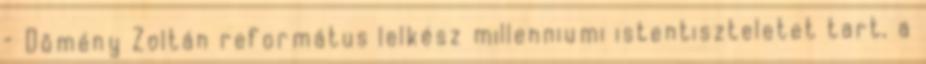
– Dömény Zoltán református lelkész millenniumi istentiszteletet tart, a